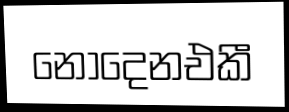
නොදෙනඑකී